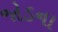
જોડના